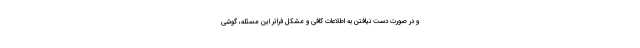
و در صورت دست نیافتن به اطلاعات کافی و مشکل فراتر این مسئله، گوشی